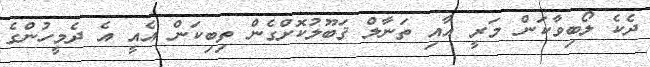
ދެކެ ލޯބިވާކަން މަރީ އާއި ތަނާލް ޤަބޫލުކޮށްގެން ތިބިކަން އެއީ އެ ދެމީހުންގެ